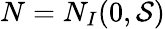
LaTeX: N=N_{I}(0,{\mathcal{S}})